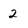
Character: 2